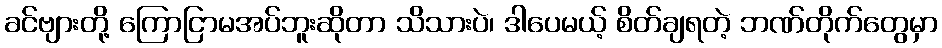
ခင်ဗျားတို့ ကြောငြာမအပ်ဘူးဆိုတာ သိသားပဲ၊ ဒါပေမယ့် စိတ်ချရတဲ့ ဘဏ်တိုက်တွေမှာ